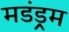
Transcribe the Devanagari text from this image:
मडंड्रम